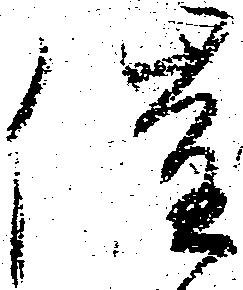
催